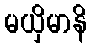
မယှိမာနိ